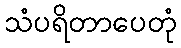
သံပရိတာပေတုံ